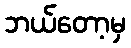
ဘယ်တော့မှ